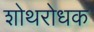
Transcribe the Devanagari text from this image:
शोथरोधक